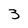
Character: 3